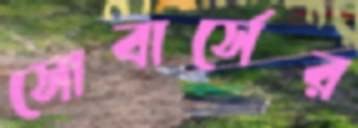
সোবার্সের